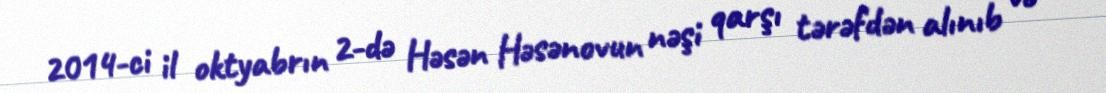
2014-ci il oktyabrın 2-də Həsən Həsənovun nəşi qarşı tərəfdən alınıb və